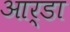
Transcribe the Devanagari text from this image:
आर्डा